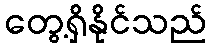
တွေ့ရှိနိုင်သည်